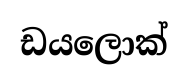
ඩයලොක්